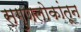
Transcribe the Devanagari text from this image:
सगुणलोकांतून